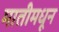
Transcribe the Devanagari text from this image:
मातीमधून